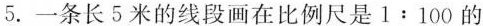
5.一条长5米的线段画在比例尺是1:100的